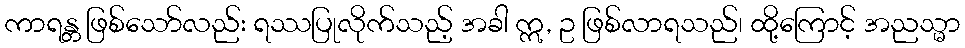
ကာရန္တ ဖြစ်သော်လည်း ရဿပြုလိုက်သည့် အခါ ဣ, ဥ ဖြစ်လာရသည်၊ ထို့ကြောင့် အညသ္မာ